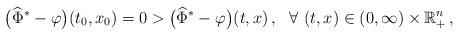
LaTeX: \begin{align*}\big(\widehat{\Phi}^* - \varphi\big)(t_0,x_0) = 0 > \big(\widehat{\Phi}^* - \varphi\big)(t,x)\,, \ \ \forall\ (t,x)\in (0,\infty) \times \mathbb{R}_{+}^n\,,\end{align*}